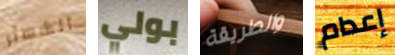
الشعائر بولي والطريقة إعدام